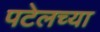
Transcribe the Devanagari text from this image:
पटेलच्या